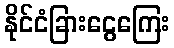
နိုင်ငံခြားငွေကြေး